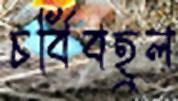
চর্বিবহুল